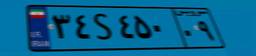
۲۵S۵۵۳۷۸